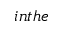
i n t h e